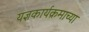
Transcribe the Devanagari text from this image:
यज्ञकार्यक्रमाच्या